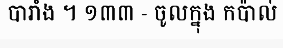
បារាំង ។ ១៣៣ - ចូលក្នុង កប៉ាល់